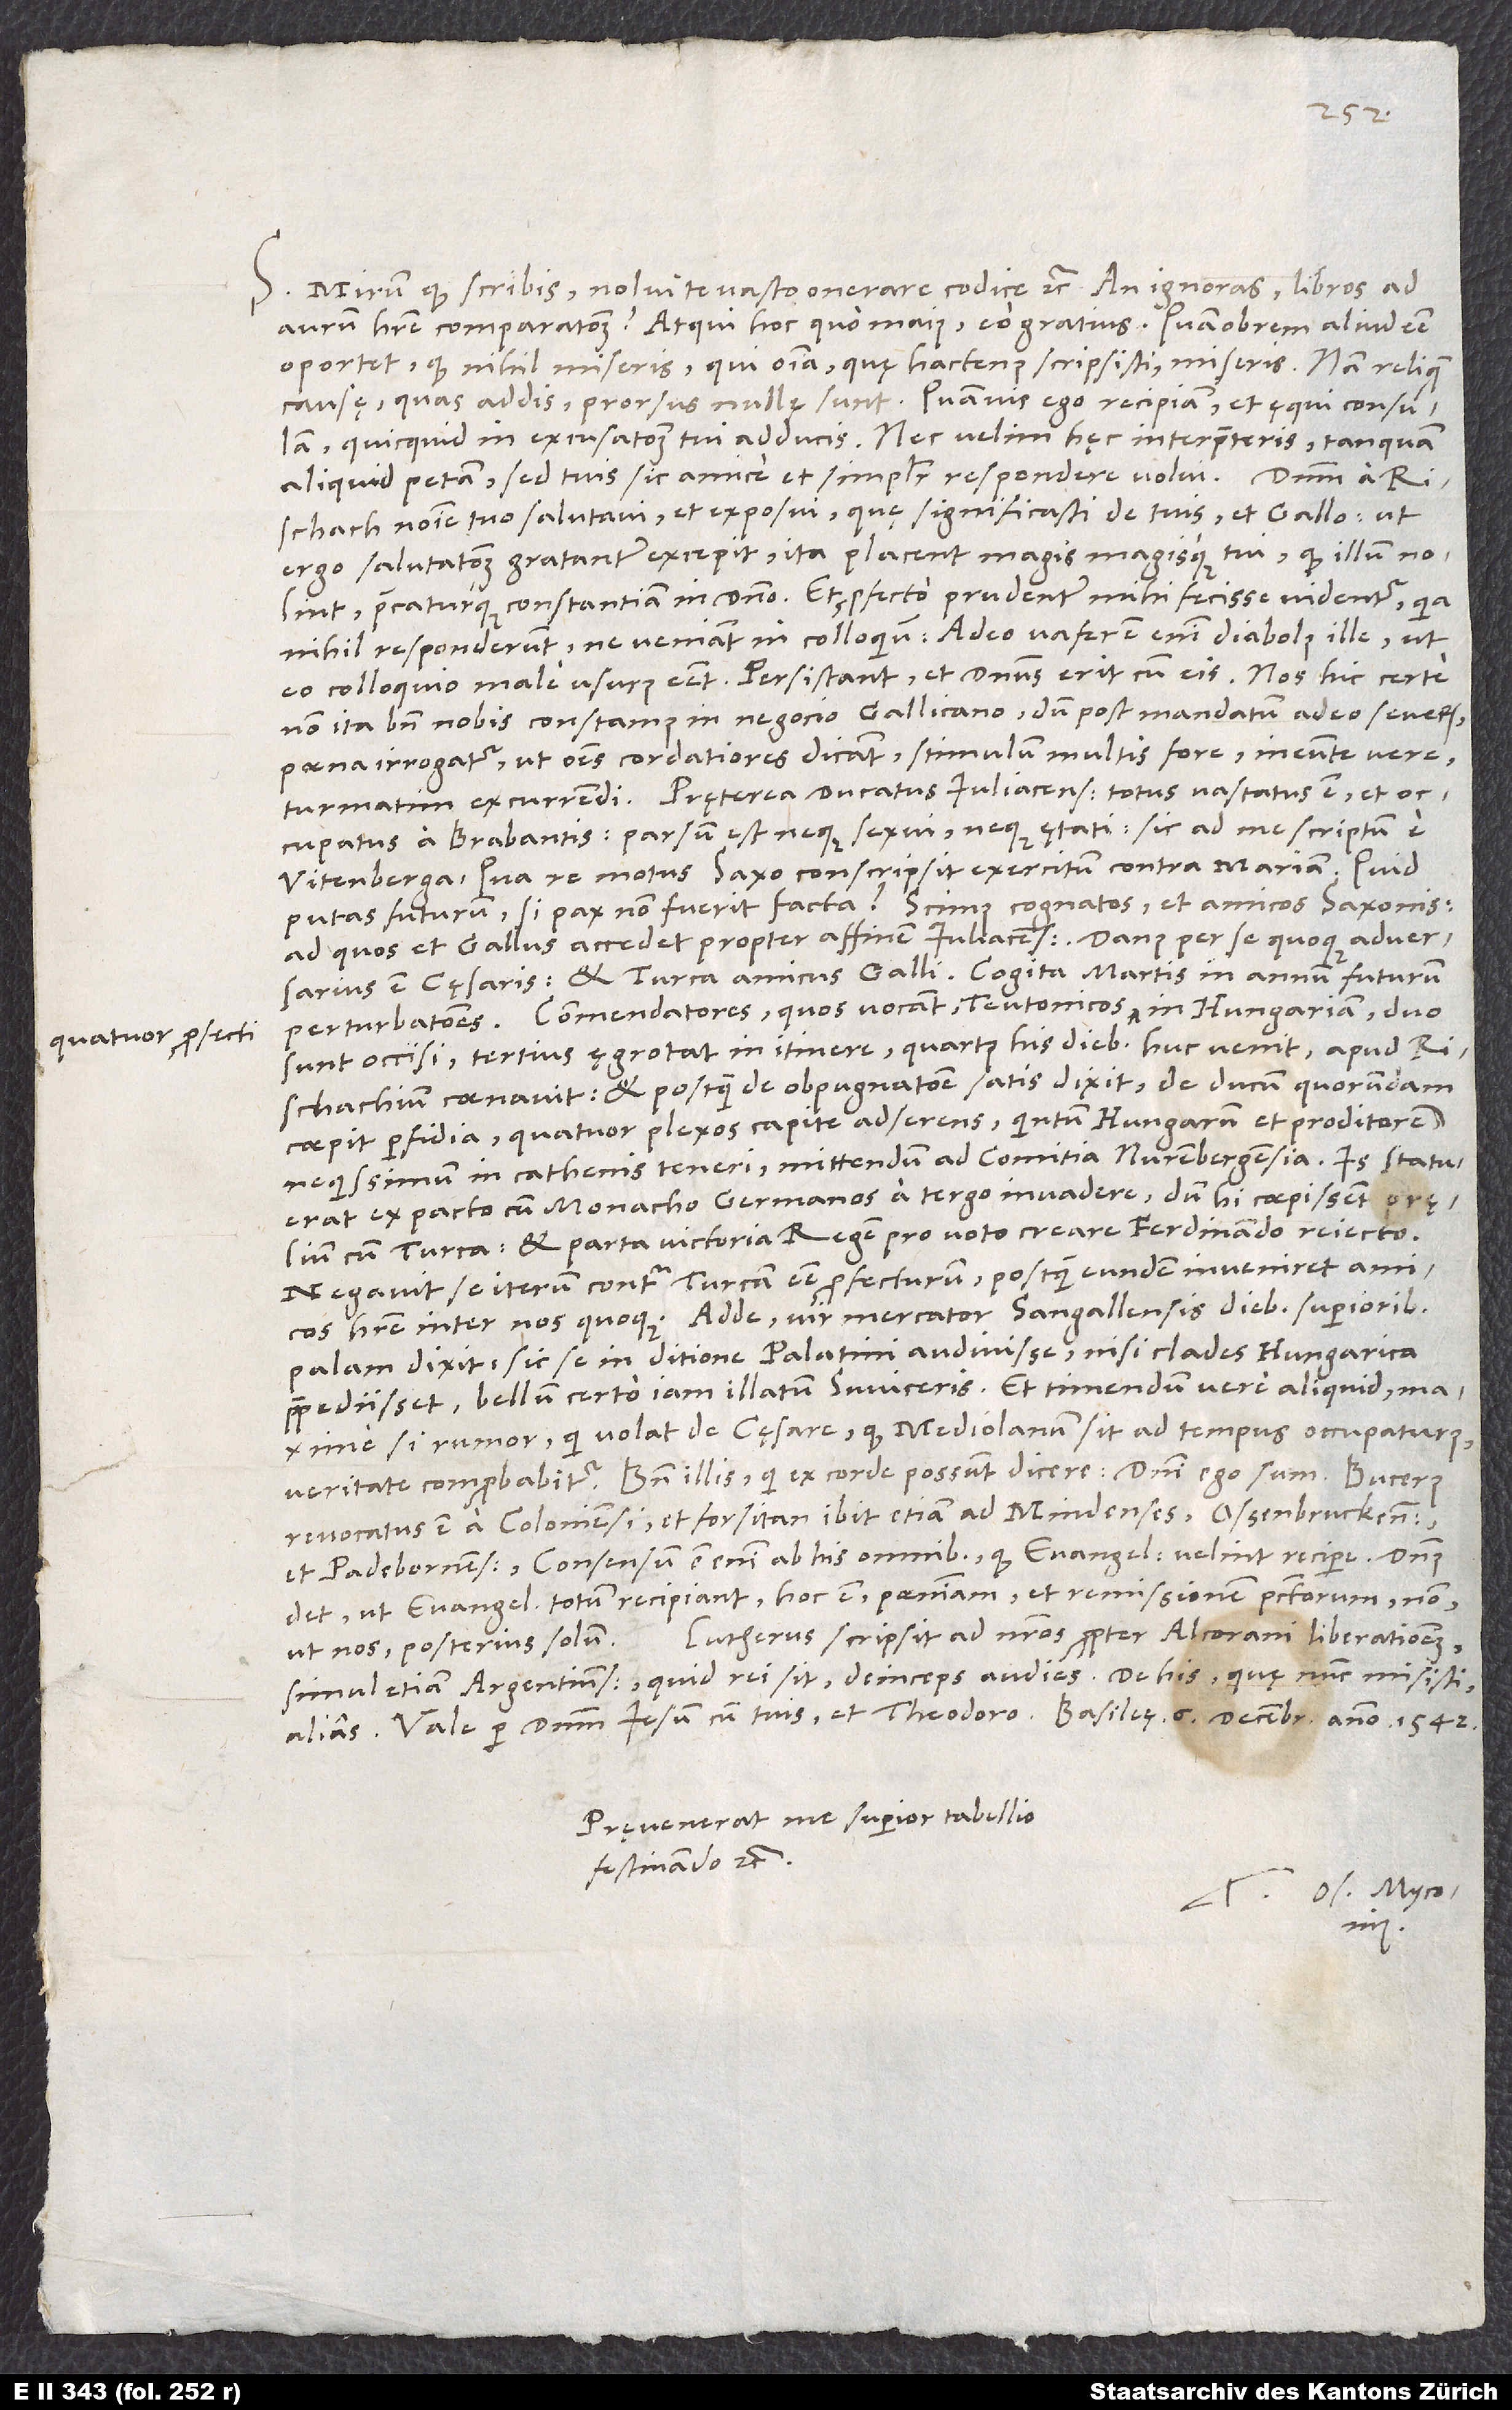
quatuor profecti

S. Mirum, quod scribis: „Nolui te vasto onerare codice“ etc. An ignoras libros ad
oportet, quod nihil miseris, qui omnia, quę hactenus scripsisti, miseris. Nam reliquę
causę, quas addis, prorsus nullę sunt. Tanquam ego recipiam et ęqui consulam,
aliquid petam, sed tuis sic amice et simpliciter respondere volui.
Rischach nomine tuo salutavi et exposui, quę significasti de tuis et Gallo. Ut
ergo salutationem gratanter excepit, ita placent magis magisque tui, quod illum nolint,
precaturque constantiam in domino. Et profecto prudenter mihi fecisse videntur, quia
nihil responderunt, ne veniant in colloquium; adeo vafer est enim diabolus ille, ut
eo colloquio male usurus esset. Persistant, et dominus erit cum eis. Nos hic certe
non ita bene nobis constamus in negocio Gallicano, dum post mandatum adeo severum
poena irrogatur, ut omnes cordatiores dicant stimulum multis fore ineunte vere turmatim
occupatus a Brabantis; parsum est neque sexui neque ętati; sic ad me scriptum est
Vitenberga. Qua re motus Saxo conscripsit exercitum contra Mariam. Quid
putas futurum, si pax non fuerit facta? Scimus cognatos et amicos Saxonis,
ad quos et Gallus accedet propter affinem Iuliacensem. Danus per se quoque adversarius
est cęsaris et Turca amicus Galli. Cogita Martis in annum futurum
sunt occisi, tertius ęgrotat in itinere, quartus his diebus huc venit, apud
Rischachium coenavit, et postquam de opugnatione satis dixit, de ducum quorundam
coepit perfidia, quatuor plexos capite adserens, quintum Hungarum et proditorem
nequissimum in cathenis teneri mittendum ad comitia Nurenbergensia. Is statuerat
ex pacto cum monacho Germanos a tergo invadere, dum hi coepissent pręlium
cum Turca, et parta victoria regem pro voto creare Ferdinando reiecto.
Negavit se iterum contra Turcam esse profecturum, postquam eundem inveniret amicos
palam dixit sic se in ditione Palatini audivisse: „Nisi clades Hungarica
praepediisset, bellum certo iam illatum Swiceris.“ Et timendum vere aliquid, maxime
si rumor, qui volat de cęsare, quod Mediolanum sit ad tempus occupaturus,
revocatus est a Coloniensi et forsitan ibit etiam ad Mindenses, Ossenbruckenses
et Padebornenses. Consensum est enim ab his omnibus, quod evangelium velint recipere. Dominus
det, ut evangelium totum recipiant, hoc est poenitentiam et remissionem peccatorum, non
Lutherus scripsit ad nostros propter Alcorani liberationem,
ut nos - posterius solum!
Pręvenerat me superior tabellio
festinando etc.
Tuus Os. Myconius.